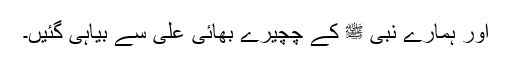
اور ہمارے نبی ﷺ کے چچیرے بھائی علیؓ سے بیاہی گئیں۔